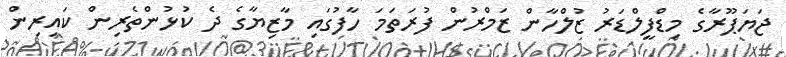
ޖަޔަޕޫރާގެ މިޑްފީލްޑަރު ޒުލްހާން ޒަމްރުން ފުރަތަމަ ހާފުގައި މާޒިޔާގެ ދެ ކުޅުންތެރިން ކައިރިން